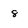
Character: 8